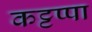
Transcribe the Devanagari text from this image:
कट्टप्पा